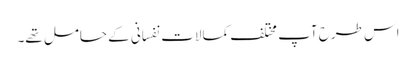
اس طرح آپ مختلف کمالات نفسانی کے حامل تھے۔